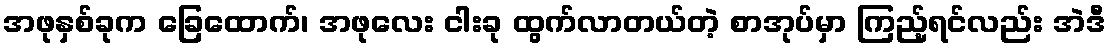
အဖုနှစ်ခုက ခြေထောက်၊ အဖုလေး ငါးခု ထွက်လာတယ်တဲ့ စာအုပ်မှာ ကြည့်ရင်လည်း အဲဒီ